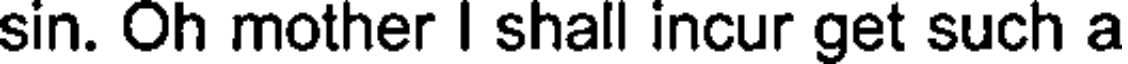
sin. Oh mother I shall incur get such a